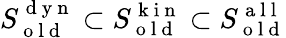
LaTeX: S_{\mathrm{~o~l~d~}}^{\mathrm{~d~y~n~}}\subset S_{\mathrm{~o~l~d~}}^{\mathrm{~k~i~n~}}\subset S_{\mathrm{~o~l~d~}}^{\mathrm{~a~l~l~}}